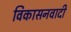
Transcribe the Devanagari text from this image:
विकासनवादी